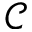
\mathscr { C }